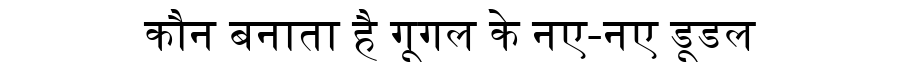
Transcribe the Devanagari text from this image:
कौन बनाता है गूगल के नए-नए डूडल